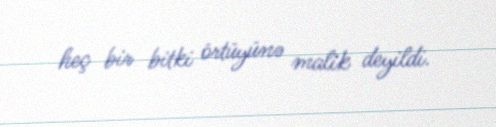
heç bir bitki örtüyünə malik deyildi.